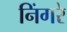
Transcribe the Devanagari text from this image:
निंगरे